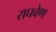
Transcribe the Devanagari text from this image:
राघवेण